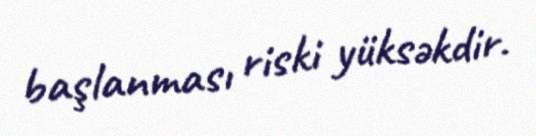
başlanması riski yüksəkdir.